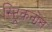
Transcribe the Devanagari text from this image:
स्ट्रिकनोस